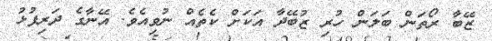
ޒޭބާ ރޯތަން ބަލަން ހުރި ޒުބޭދާ އަކަށް ކެތެއް ނުވިއެވެ. އޭނާގެ ދަރިފުޅު